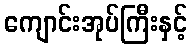
ကျောင်းအုပ်ကြီးနှင့်